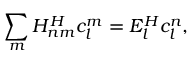
\sum _ { m } { H _ { n m } ^ { H } } c _ { l } ^ { m } = E _ { l } ^ { H } c _ { l } ^ { n } ,